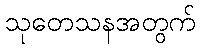
သုတေသနအတွက်